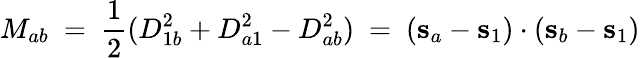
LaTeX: M_{ab}\ =\ \frac{1}{2}(D_{1b}^{2}+D_{a1}^{2}-D_{ab}^{2})\ =\ (\mathbf s_{a}-\mathbf s_{1})\cdot(\mathbf s_{b}-\mathbf s_{1})